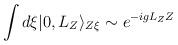
LaTeX: \begin{align*}\int d\xi |0,L_{Z}\rangle_{Z\xi} \sim e^{-igL_{Z}Z}\end{align*}